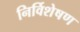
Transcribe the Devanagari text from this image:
निर्विशेषण